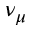
\nu _ { \mu }